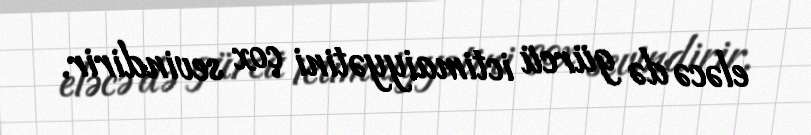
eləcə də gürcü ictimaiyyətini çox sevindirir.